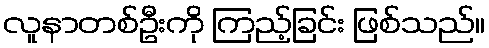
လူနာတစ်ဦးကို ကြည့်ခြင်း ဖြစ်သည်။